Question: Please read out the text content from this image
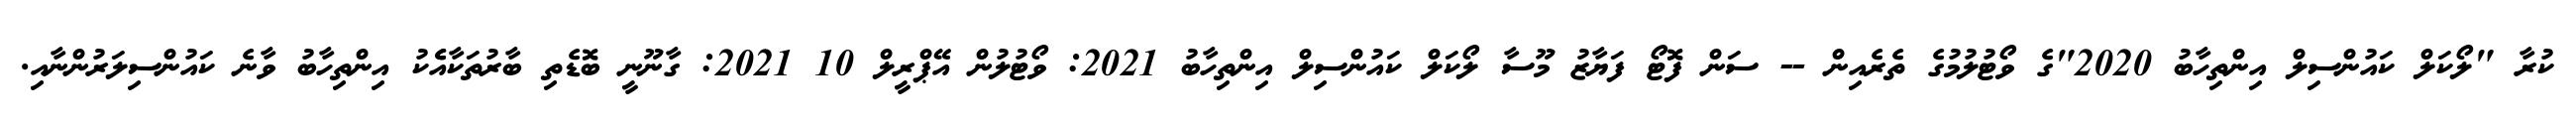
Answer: ކުރާ "ލޯކަލް ކައުންސިލް އިންތިހާބު 2020"ގެ ވޯޓުލުމުގެ ތެރެއިން -- ސަން ފޮޓޯ ފަޔާޒު މޫސާ ލޯކަލް ކައުންސިލް އިންތިހާބު 2021: ވޯޓުލުން އޭޕްރީލް 10 2021: ގާނޫނީ ބޮޑެތި ބާރުތަކާއެެކު އިންތިހާބު ވާނެ ކައުންސިލަރުންނާއި.